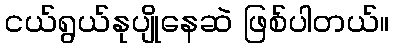
ငယ်ရွယ်နုပျိုနေဆဲ ဖြစ်ပါတယ်။